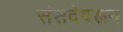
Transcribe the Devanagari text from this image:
संसदेवरून